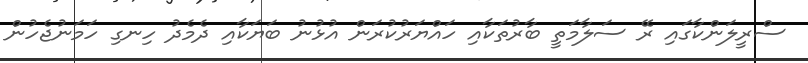
ސްރީލަންކާގައި ރޭ ސަލާމަތީ ބާރުތަކާއި ހައްޔަރުކުރަން އުޅުނު ބަޔަކާއި ދެމެދު ހިނގި ހަމަނުޖެހުން